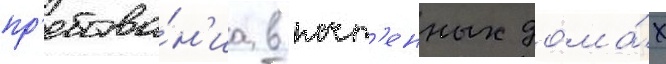
пр'ебыва́н'иа в почт'енных дома́х